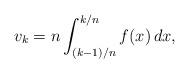
LaTeX: \begin{align*}v_k =n\int_{(k-1)/n}^{k/n} f(x)\, dx,\end{align*}